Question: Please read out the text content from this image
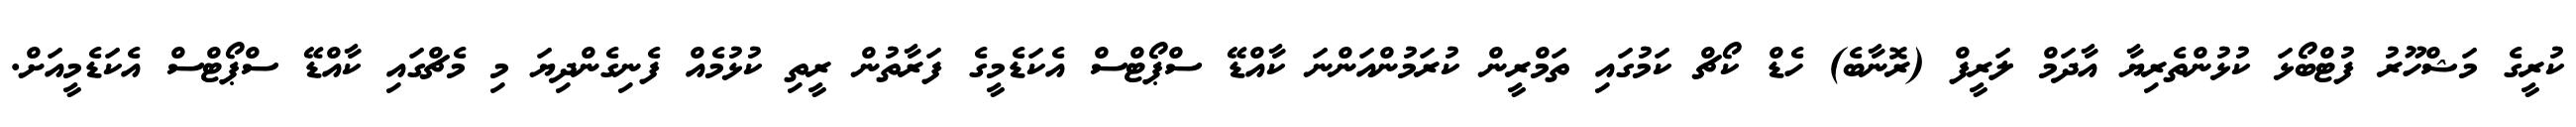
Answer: ކުރީގެ މަޝްހޫރު ފުޓްބޯޅަ ކުޅުންތެރިޔާ އާދަމް ލަރީފް (ރޮނާބެ) ހެޑް ކޯޗް ކަމުގައި ތަމްރީން ކުރަމުންއަންނަ ކާއްޑޭ ސްޕޯޓްސް އެކަޑެމީގެ ފަރާތުން ރީތި ކުޅުމެއް ފެނިގެންދިޔަ މި މެޗްގައި ކާއްޑޭ ސްޕޯޓްސް އެކަޑެމީއަށް.